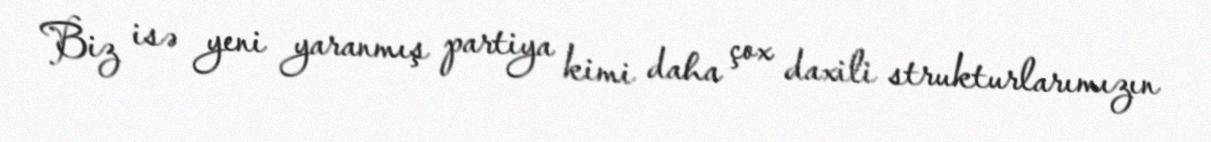
Biz isə yeni yaranmış partiya kimi daha çox daxili strukturlarımızın